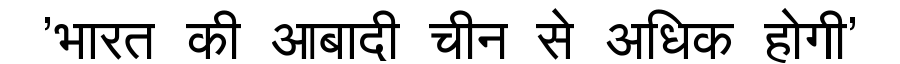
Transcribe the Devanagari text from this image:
'भारत की आबादी चीन से अधिक होगी'